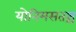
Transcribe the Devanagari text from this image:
योनिमसतश्च